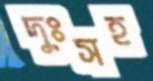
দুঃসহ